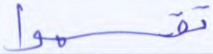
اقتلوه